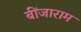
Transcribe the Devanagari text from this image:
बींजाराम